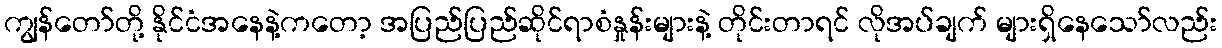
ကျွန်တော်တို့ နိုင်ငံအနေနဲ့ကတော့ အပြည်ပြည်ဆိုင်ရာစံနှုန်းများနဲ့ တိုင်းတာရင် လိုအပ်ချက် များရှိနေသော်လည်း